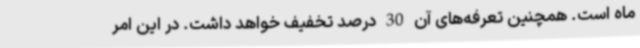
ماه است. همچنین تعرفه‌های آن 30 درصد تخفیف خواهد داشت. در این امر